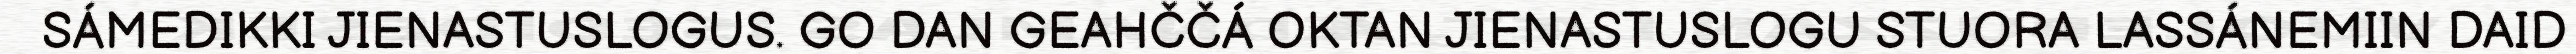
SÁMEDIKKI JIENASTUSLOGUS. GO DAN GEAHČČÁ OKTAN JIENASTUSLOGU STUORA LASSÁNEMIIN DAID